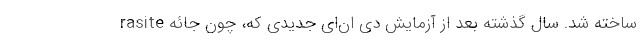
rasite ساخته شد. سال گذشته بعد از آزمایش دی ان‌ای جدیدی که، چون جائه